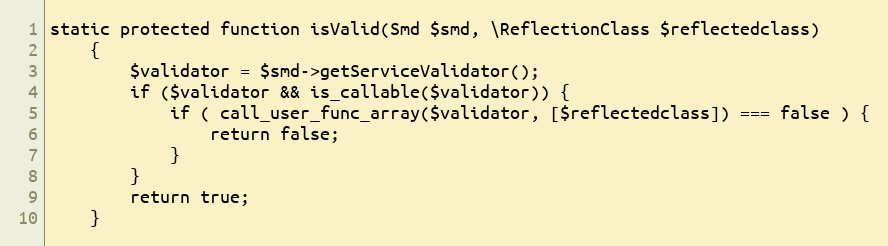
Language: PHP
static protected function isValid(Smd $smd, \ReflectionClass $reflectedclass)
    {
        $validator = $smd->getServiceValidator();
        if ($validator && is_callable($validator)) {
            if ( call_user_func_array($validator, [$reflectedclass]) === false ) {
                return false;
            }
        }
        return true;
    }